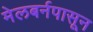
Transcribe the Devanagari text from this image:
मेलबर्नपासून